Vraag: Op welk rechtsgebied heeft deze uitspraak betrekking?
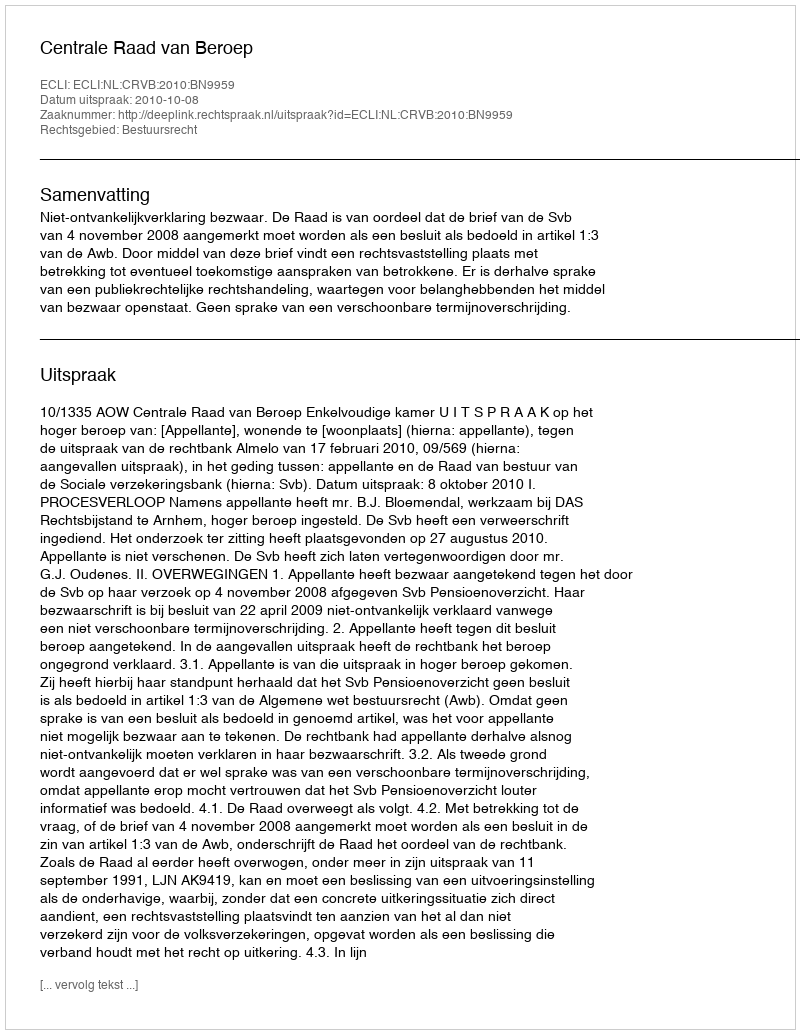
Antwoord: Bestuursrecht